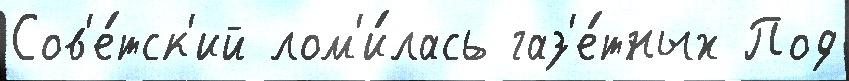
Сов'е́тск'ий лом'и́лась газ'е́тных Под